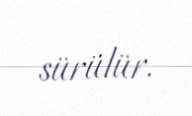
sürülür.